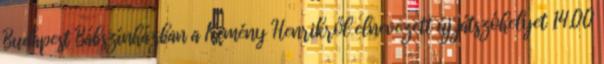
Budapest Bábszínházban a Kemény Henrikről elnevezett új játszóhelyet 14.00